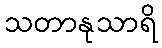
သတာနုသာရိ